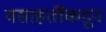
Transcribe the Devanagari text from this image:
वसाहतींकडून